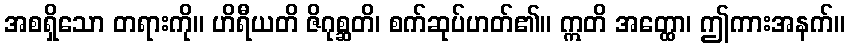
အစရှိသော တရားကို။ ဟိရီယတိ ဇိဂုစ္ဆတိ၊ စက်ဆုပ်ဟတ်၏။ ဣတိ အတ္ထော၊ ဤကားအနက်။